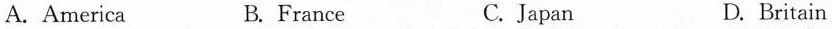
A. America B. France C.Japan D. Britain